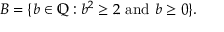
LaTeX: B = \{ b \in \mathbb { Q } : b ^ { 2 } \geq 2 { \mathrm { ~ a n d ~ } } b \geq 0 \} .